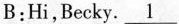
B:Hi,Becky. \underline{1}